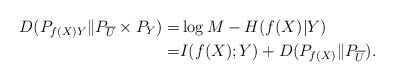
\begin{align*}D(P_{f(X)Y} \| P_{\overline{U}}\times P_Y)=&\log M - H(f(X) |Y) \\=& I(f(X);Y)+D(P_{f(X)} \| P_{\overline{U}}).\end{align*}